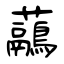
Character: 虉